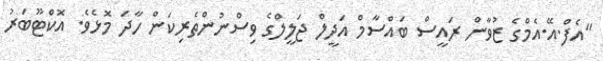
"އެފް.އޭ.އެމްގެ ޒުވާން ރައީސް ބައްސާމް އަދީލް ޖަލީލްގެ ވިސްނުންތެރިކަން ހާދަ މޮޅެވެ. އޮކްޓޫބަރު